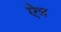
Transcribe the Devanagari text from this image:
ऐत्र